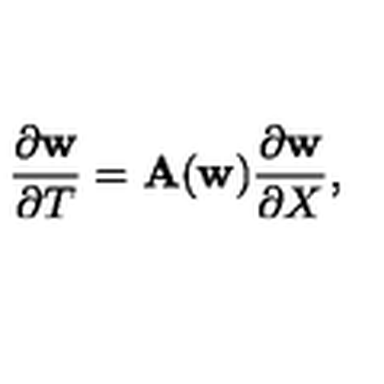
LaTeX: { \frac { \partial { \bf w } } { \partial T } } = { \bf A } ( { \bf w } ) { \frac { \partial { \bf w } } { \partial X } } ,